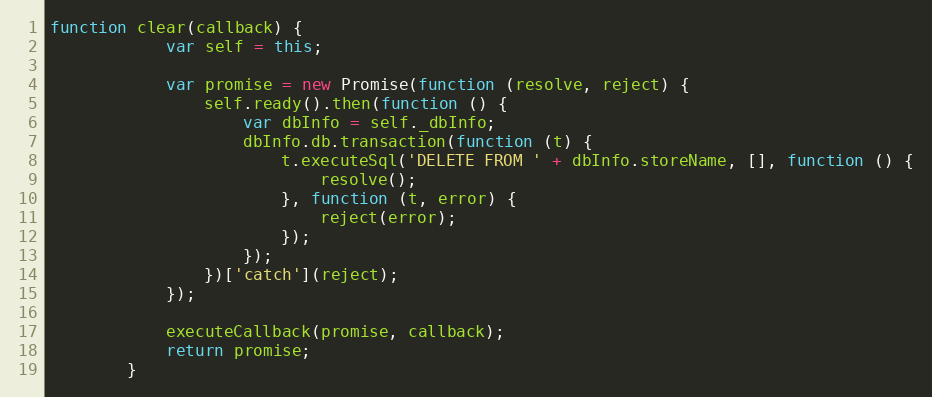
Language: JavaScript
function clear(callback) {
	        var self = this;

	        var promise = new Promise(function (resolve, reject) {
	            self.ready().then(function () {
	                var dbInfo = self._dbInfo;
	                dbInfo.db.transaction(function (t) {
	                    t.executeSql('DELETE FROM ' + dbInfo.storeName, [], function () {
	                        resolve();
	                    }, function (t, error) {
	                        reject(error);
	                    });
	                });
	            })['catch'](reject);
	        });

	        executeCallback(promise, callback);
	        return promise;
	    }